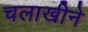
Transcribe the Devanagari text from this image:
चलाखीने